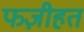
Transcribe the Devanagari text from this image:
फज़ीहत